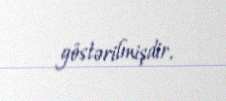
göstərilmişdir.